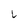
Character: L